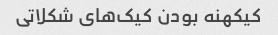
کیکهنه بودن کیک‌های شکلاتی